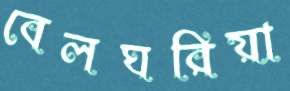
বেলঘরিয়া